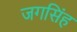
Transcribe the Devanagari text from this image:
जगसिंह